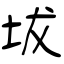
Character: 坺